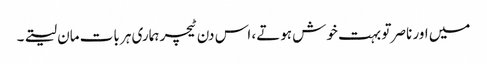
میں اور ناصر تو بہت خوش ہوتے، اس دن ٹیچر ہماری ہر بات مان لیتے۔